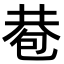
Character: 𢁀